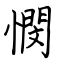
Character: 憫